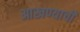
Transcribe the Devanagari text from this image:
आखण्याची